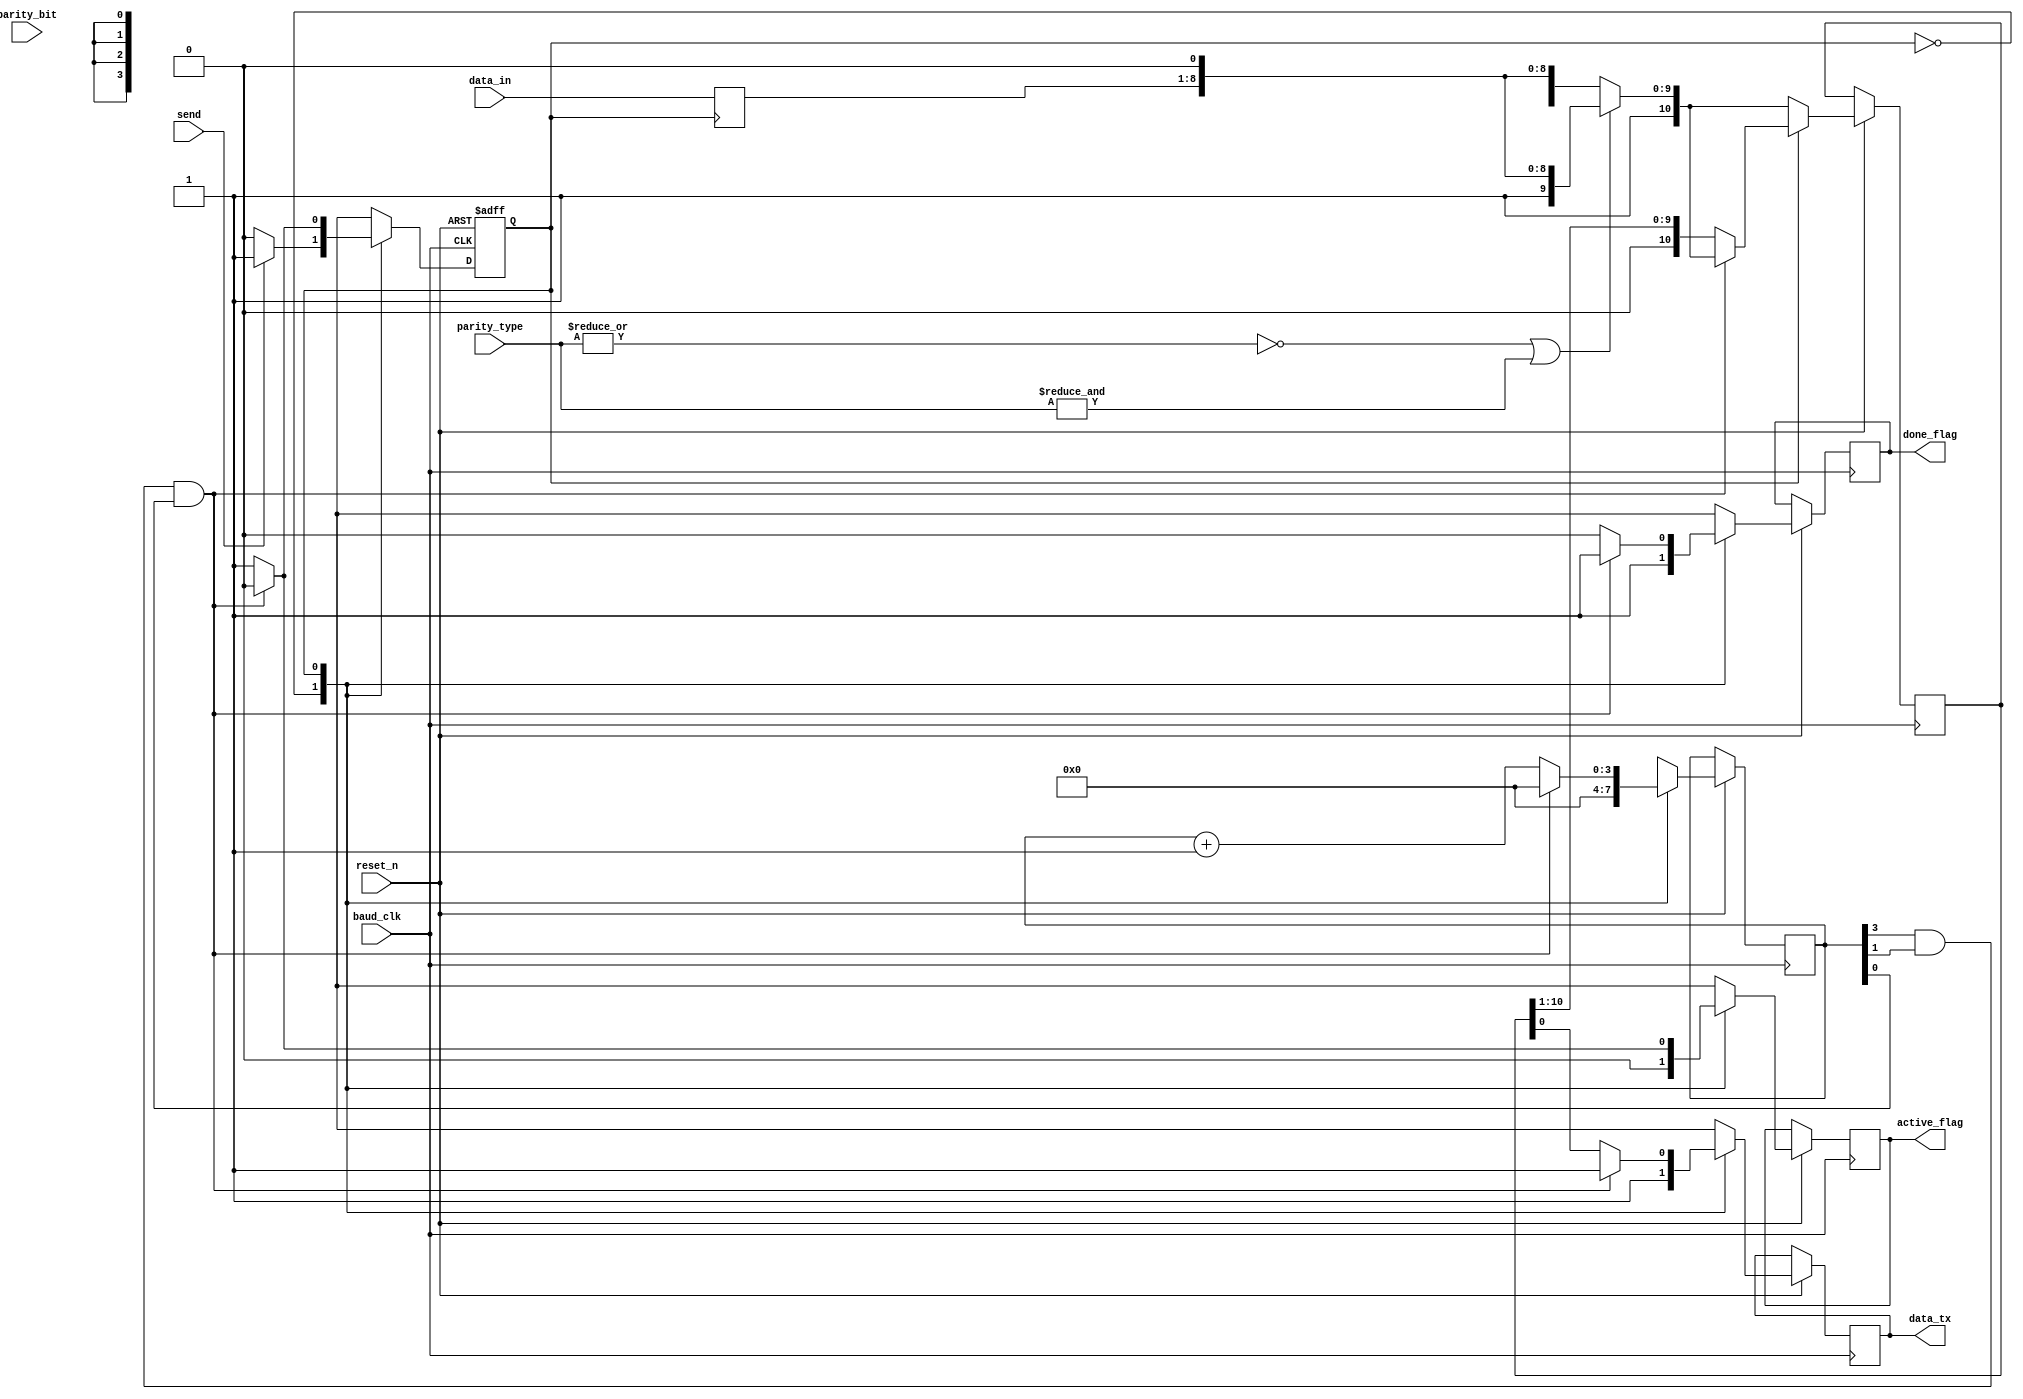
//  INFO.: Undergraduate ECE student, Alexandria university, Egypt.
//  AUTHOR'S EMAIL: majiidd17@icloud.com
//  TYPE: module.
//  KEYWORDS: Frame, Data-Tx, PISO, shift register.
//  PURPOSE: An RTL modelling for the transmitter's frame generator,
//  and shift register to send data serially in 11 baud_clk cycles.

module PISO(
    input wire           reset_n,            //  Active low reset.
    input wire           send,               //  An enable to start sending data.
    input wire           baud_clk,           //  Clocking signal from the BaudGen unit.
    input wire           parity_bit,         //  The parity bit from the Parity unit.
    input wire [1:0]     parity_type,        //  Parity type agreed upon by the Tx and Rx units.
    input wire [7:0]     data_in,            //  The data input.
  
    output reg 	         data_tx, 	         //  Serial transmitter's data out
	output reg 	         active_flag,        //  high when Tx is transmitting, low when idle.
	output reg  	     done_flag 	         //  high when transmission is done, low when active.
);

//  Internal declarations
reg [3:0]   stop_count;
//  an index for the bit of the frame which its turn to get transmitted.
reg [10:0]  frame;
reg [10:0]  frame_r;
//  Frame: {idle 1 if needed,stopbit,ParityBit,RegOut[MSB:LSB],Startbit}
reg [7:0]   reg_data;
//  Holds the data untill transmission is done.
reg         next_state;
//  Holds the FSM's next state.

//  Encoding the states
localparam IDLE   = 1'b0,
           ACTIVE = 1'b1;


//  Set the data and hold it in reset and IDLE case
always @(negedge next_state)
begin
    if (~next_state) 
    begin
        reg_data <= data_in;
    end
    else
    begin
        reg_data <= reg_data;
    end
end

//  Frame generation combinational logic
always @(reg_data, parity_type, parity_bit)
begin
    if ((~|parity_type) || (&parity_type))
    //  This is an equivalent condition to (parity_type == 'b00)
    //  or (parity_type == 'b11), in order to avoid comparators/xors
    begin
        //  Frame with no parity bit
        frame  = {2'b11,reg_data,1'b0};
    end
    else
    begin
        //  Frame with parity bit
        frame  = {1'b1,parity_bit,reg_data,1'b0};
    end
end

//  Transmission logic FSM with Asynchronous Reset logic
always @(posedge baud_clk, negedge reset_n)
begin
    if (~reset_n) 
    begin
       //  idle
        next_state       <= IDLE; 
    end
	else
	begin
		frame_r <= frame;
		case (next_state)

            //  waits for the send enable signal
            IDLE:
            begin
                data_tx      <= 1'b1;
                active_flag  <= 1'b0;
                done_flag    <= 1'b1;
                stop_count   <= 4'd0;

                if (send)
                //  Works as an enable
                begin
                    next_state   <= ACTIVE;
                end
                else
                begin
                    next_state   <= IDLE;
                end
            end

            //  loops 11 time at baud_clk to send all the frame serially
            ACTIVE:
            begin
                if (stop_count[3] && stop_count[1] && stop_count[0])
                //  This is an equivalent condition to (stop_count == 'd11)
                //  in order to avoid comparators/xors  
                begin
                    data_tx      <= 1'b1;
                    stop_count   <= 4'd0;
                    active_flag  <= 1'b0;
                    done_flag    <= 1'b1;
                    next_state   <= IDLE;
                end
                else
                begin
                    data_tx      <= frame_r[0];
                    frame_r      <= frame_r >> 1;
                    //  assiginning the first bit of the frame to the data_tx,
                    //  truncates the rest, then shifting the frame by 1 position
                    //  to the right to get the next data bit, and so on.
                    stop_count   <= stop_count + 1'd1;
                    active_flag  <= 1'b1;
                    done_flag    <= 1'b0;
                    next_state   <= ACTIVE;
                end
            end

            //  Automatically directs to the IDLE state
            default:
            begin
                next_state   <= IDLE;
            end
        endcase 
	end 
end
endmodule